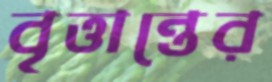
বৃত্তান্তের